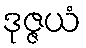
ဒုဇ္ဇယံ